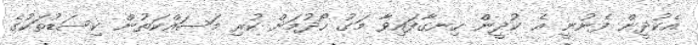
އެކުދީން ފެނުނީ އެ ކުދީން ހިނގާފައިވާ މަގު ހޯދުމަށް ކުރި މަސައްކަތުން ކިސަޑުތަކުގެ